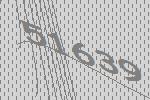
51639